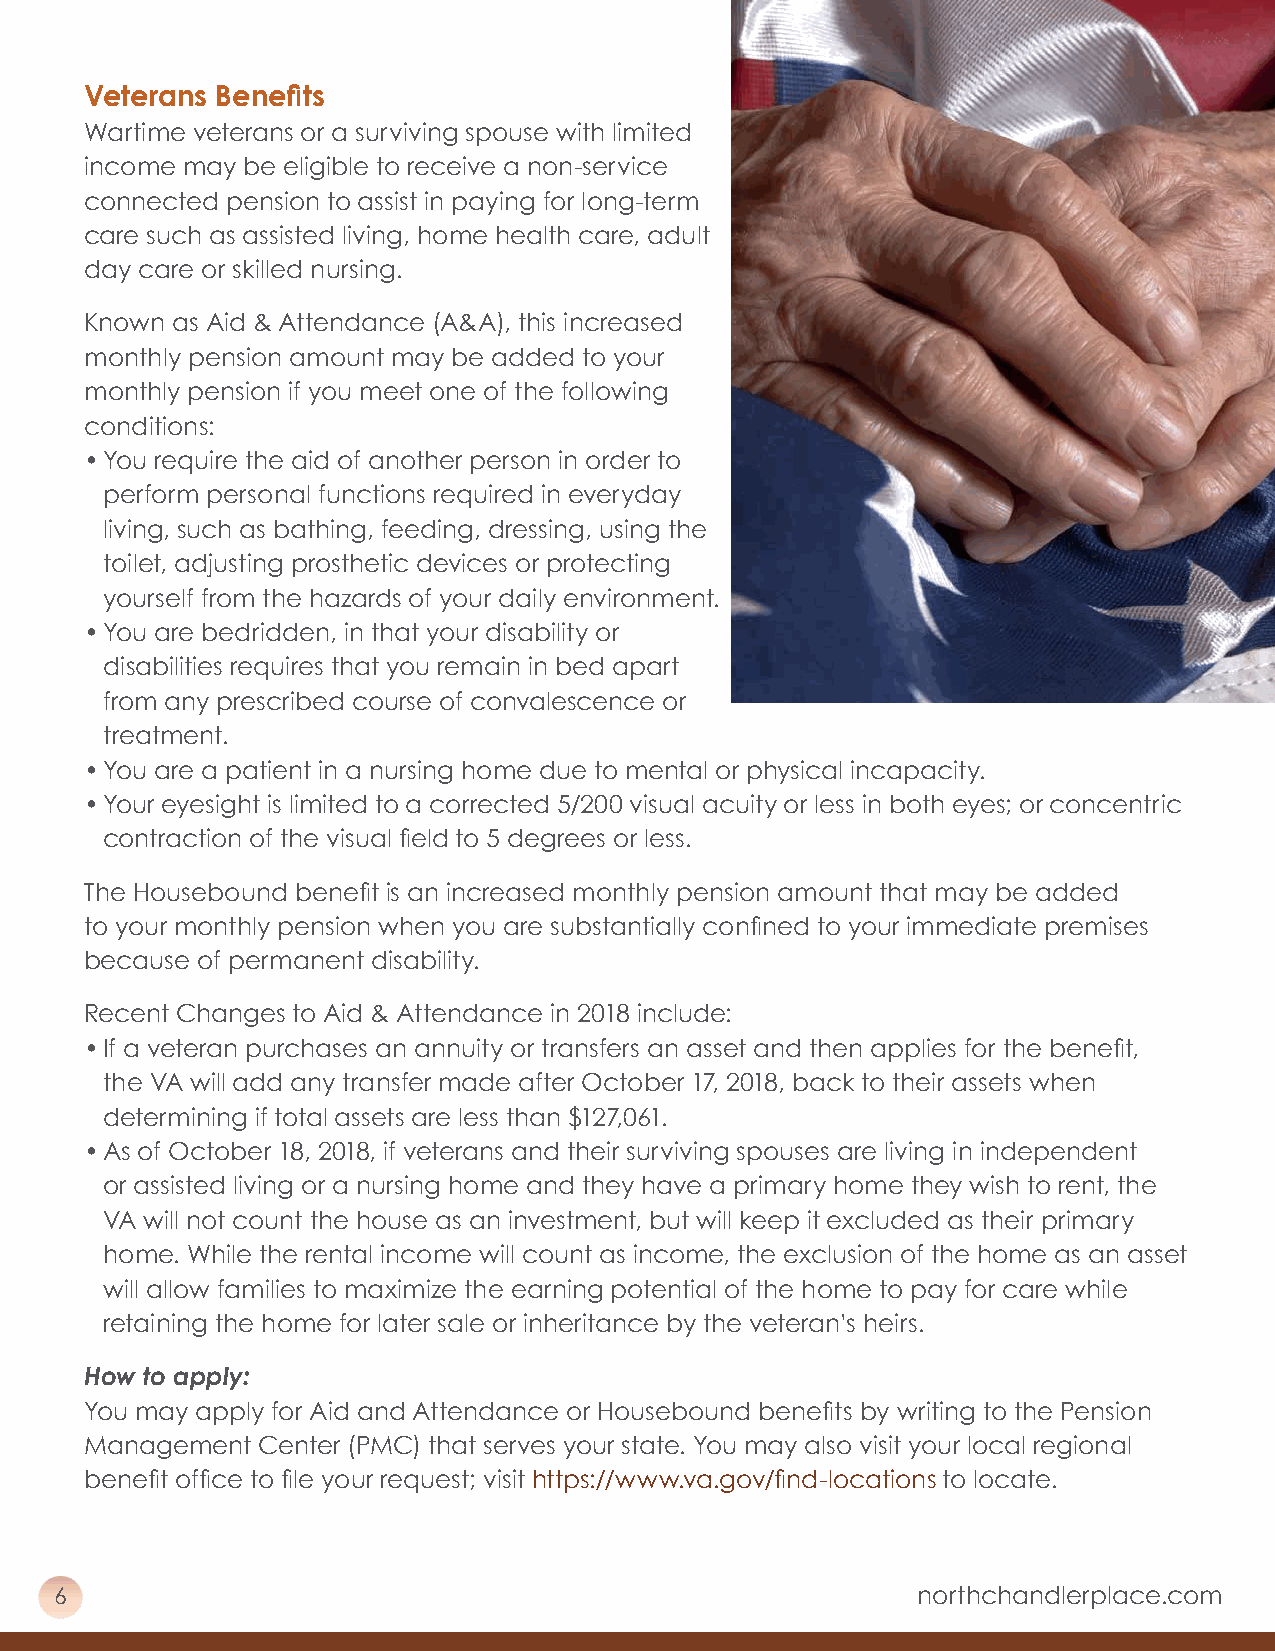
Veterans Benefits
 Wartime veterans or a surviving spouse with limited
 income may be eligible to receive a non-service
 connected pension to assist in paying for long-term
 care such as assisted living, home health care, adult
 day care or skilled nursing.
 Known as Aid & Attendance (A&A), this increased
 monthly pension amount may be added to your
 monthly pension if you meet one of the following
 conditions:
 • You require the aid of another person in order to
 perform personal functions required in everyday
 living, such as bathing, feeding, dressing, using the
 toilet, adjusting prosthetic devices or protecting
 yourself from the hazards of your daily environment.
 • You are bedridden, in that your disability or
 disabilities requires that you remain in bed apart
 from any prescribed course of convalescence or
 treatment.
 • You are a patient in a nursing home due to mental or physical incapacity.
 • Your eyesight is limited to a corrected 5/200 visual acuity or less in both eyes; or concentric
 contraction of the visual field to 5 degrees or less.
 The Housebound benefit is an increased monthly pension amount that may be added
 to your monthly pension when you are substantially confined to your immediate premises
 because of permanent disability.
 Recent Changes to Aid & Attendance in 2018 include:
 • If a veteran purchases an annuity or transfers an asset and then applies for the benefit,
 the VA will add any transfer made after October 17, 2018, back to their assets when
 determining if total assets are less than $127,061.
 • As of October 18, 2018, if veterans and their surviving spouses are living in independent
 or assisted living or a nursing home and they have a primary home they wish to rent, the
 VA will not count the house as an investment, but will keep it excluded as their primary
 home. While the rental income will count as income, the exclusion of the home as an asset
 will allow families to maximize the earning potential of the home to pay for care while
 retaining the home for later sale or inheritance by the veteran’s heirs.
 How to apply:
 You may apply for Aid and Attendance or Housebound benefits by writing to the Pension
 Management Center (PMC) that serves your state. You may also visit your local regional
 benefit office to file your request; visit https://www.va.gov/find-locations to locate.
 6                                                        northchandlerplace.com